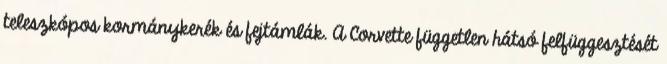
teleszkópos kormánykerék és fejtámlák. A Corvette független hátsó felfüggesztését